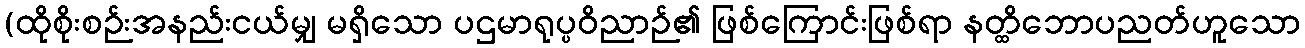
(ထိုစိုးစဉ်းအနည်းငယ်မျှ မရှိသော ပဌမာရုပ္ပဝိညာဉ်၏ ဖြစ်ကြောင်းဖြစ်ရာ နတ္ထိဘောပညတ်ဟူသော